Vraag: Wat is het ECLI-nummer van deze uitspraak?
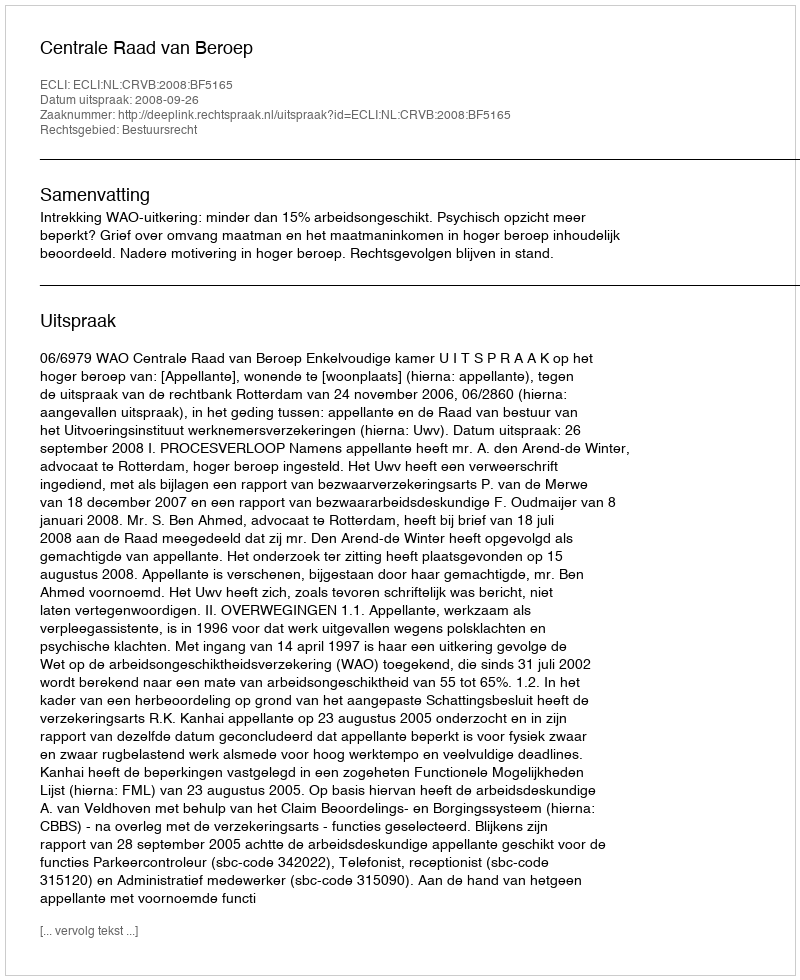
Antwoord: ECLI:NL:CRVB:2008:BF5165